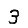
Digit: 3